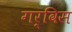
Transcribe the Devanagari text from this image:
गर्विस